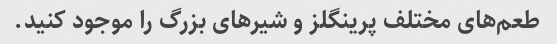
طعم‌های مختلف پرینگلز و شیرهای بزرگ را موجود کنید.